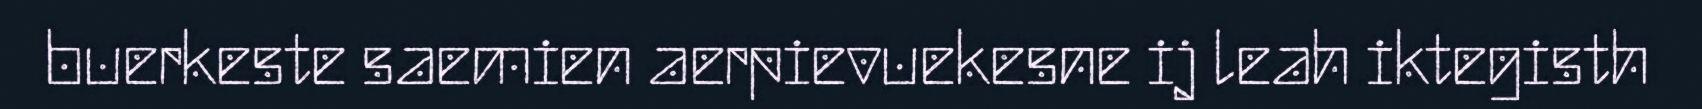
buerkeste saemien aerpievuekesne ij leah iktegisth